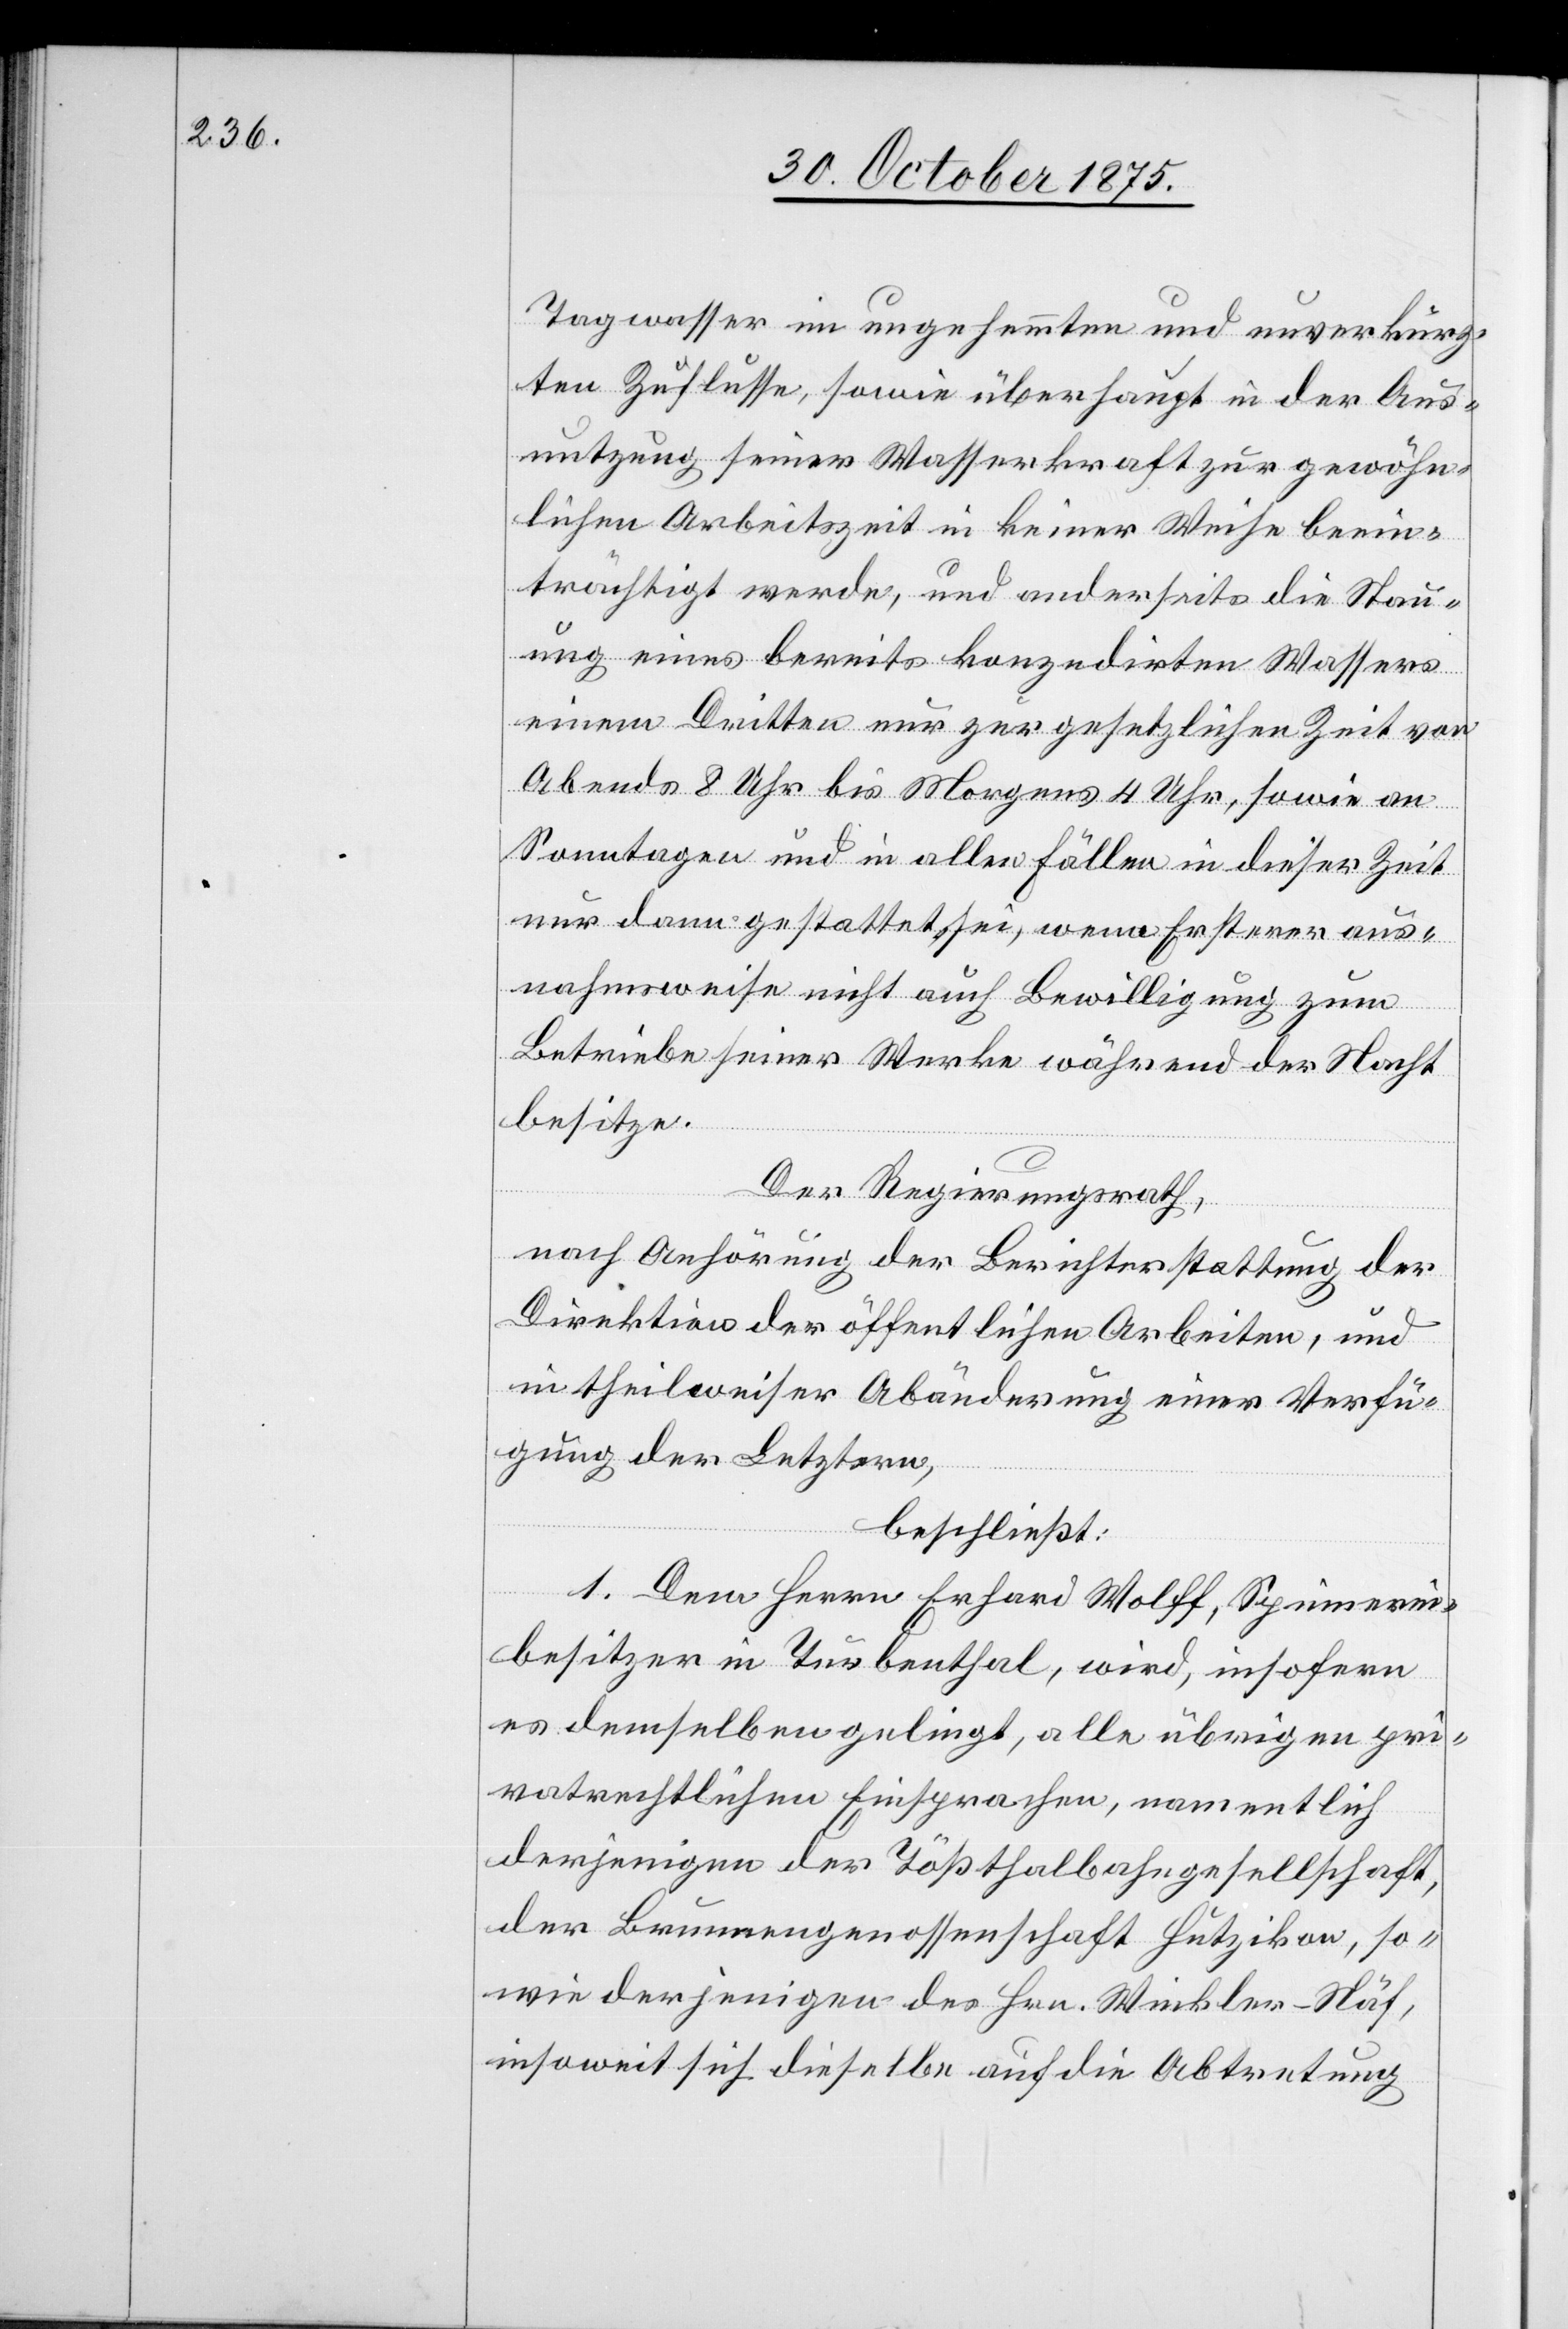
Tagwasser im ungehemmten und unverkürz¬
ten Zuflusse, sowie überhaupt in der Aus¬
nutzung seiner Wasserkraft zur gewöhn¬
lichen Arbeitszeit in keiner Weise beein¬
trächtigt werde, und anderseits die Stau¬
ung eines bereits konzedirten Wassers
einem Dritten nur zur gesetzlichen Zeit von
Abends 8 Uhr bis Morgens 4 Uhr, sowie an
Sonntagen und in allen Fällen in dieser Zeit
nur dann gestattet sei, wenn Ersterer aus¬
nahmsweise nicht auch Bewilligung zum
Betriebe seiner Werke während der Nacht
besitze.
Der Regierungsrath,
nach Anhörung der Berichterstattung der
Direktion der öffentlichen Arbeiten, und
in theilweiser Abänderung einer Verfü¬
gung der Letztern,
beschließt:
1. Dem Herrn Erhard Wolff, Spinnerei¬
besitzer in Turbenthal, wird, insofern
es demselben gelingt, alle übrigen pri¬
vatrechtlichen Einsprachen, namentlich
derjenigen der Tößthalbahngesellschaft,
der Brunnengenossenschaft Hutzikon, so¬
wie derjenigen des Hrn. Winkler-Näf,
insoweit sich dieselbe auf die Abtretung